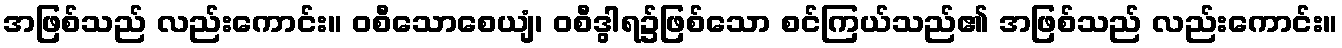
အဖြစ်သည် လည်းကောင်း။ ဝစီသောစေယျံ၊ ဝစီဒွါရ၌ဖြစ်သော စင်ကြယ်သည်၏ အဖြစ်သည် လည်းကောင်း။